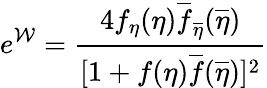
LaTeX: e^{\mathcal{W}}={\frac{{4f_{\eta}(\eta)\overline{{{{f}}}}_{\overline{{{{\eta}}}}}(\overline{{{{\eta}}}})}}{{[1+f(\eta)\overline{{{{f}}}}(\overline{{{{\eta}}}})]^{2}}}}